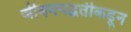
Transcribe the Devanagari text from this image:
जीवनपद्धतीकडून